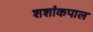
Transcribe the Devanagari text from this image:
शशांकपाल